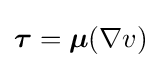
{\boldsymbol {\tau }}={\boldsymbol {\mu }}(\nabla v)